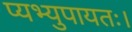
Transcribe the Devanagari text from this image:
प्यभ्युपायतः।